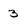
Character: 3